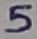
Text: 5